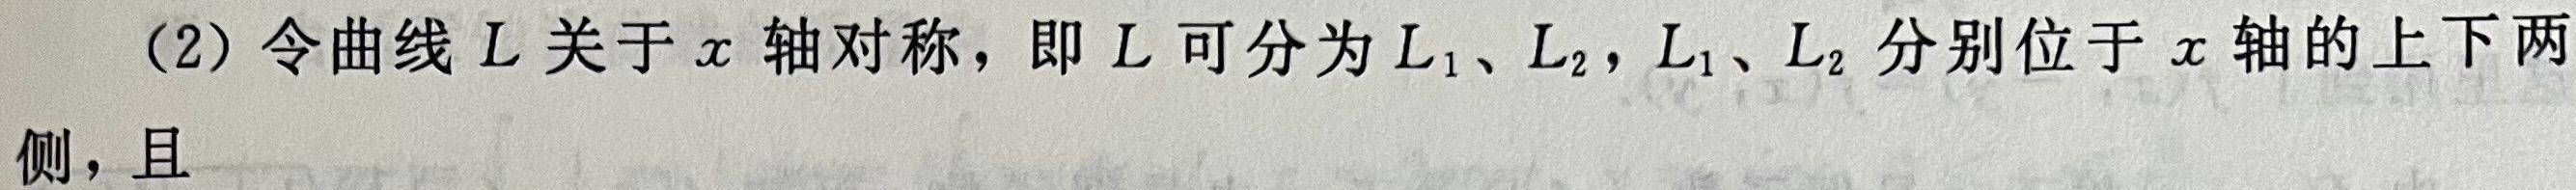
(2) 令曲线 $L$ 关于 $x$ 轴对称，即 $L$ 可分为 $L_1$、$L_2$，$L_1$、$L_2$ 分别位于 $x$ 轴的上下两侧，且